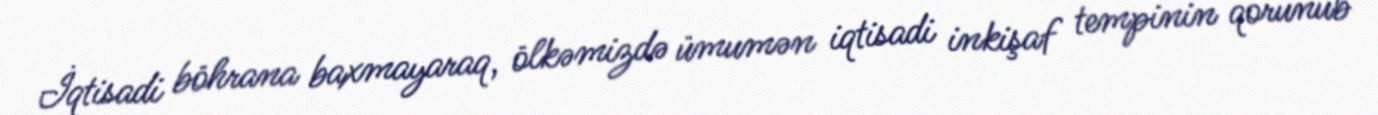
İqtisadi böhrana baxmayaraq, ölkəmizdə ümumən iqtisadi inkişaf tempinin qorunub